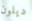
ديلون